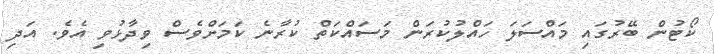
ކޯޓުން ބޭރުގައި މައްސަލަ ހައްލުކުރަން މަސައްކަތް ކުރާނެ ކަމަށްވެސް ވިދާޅުވި އެވެ. އަދި